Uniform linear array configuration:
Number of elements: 8
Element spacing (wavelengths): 0.5
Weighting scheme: hamming
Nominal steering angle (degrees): -45
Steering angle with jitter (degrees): -46.423
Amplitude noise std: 0.05
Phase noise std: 0.05

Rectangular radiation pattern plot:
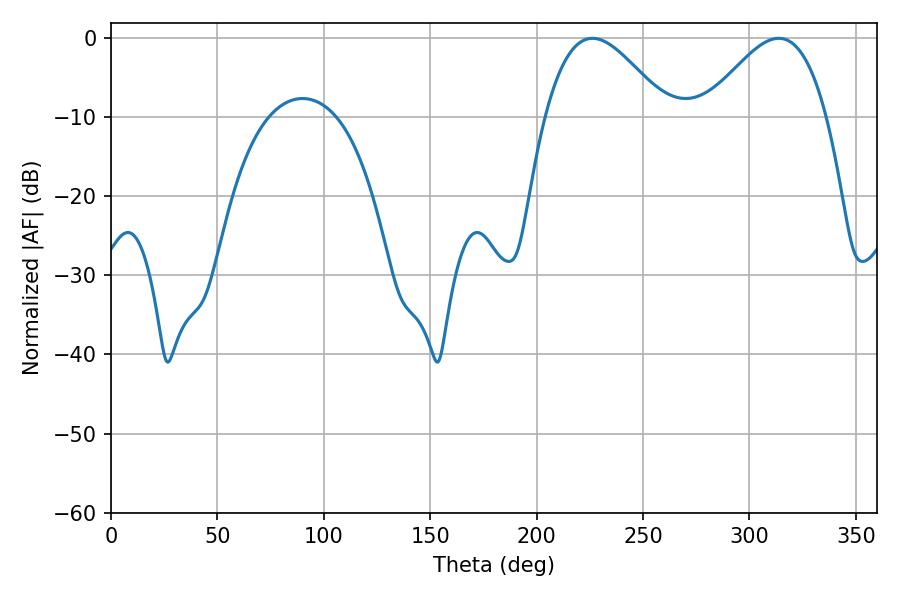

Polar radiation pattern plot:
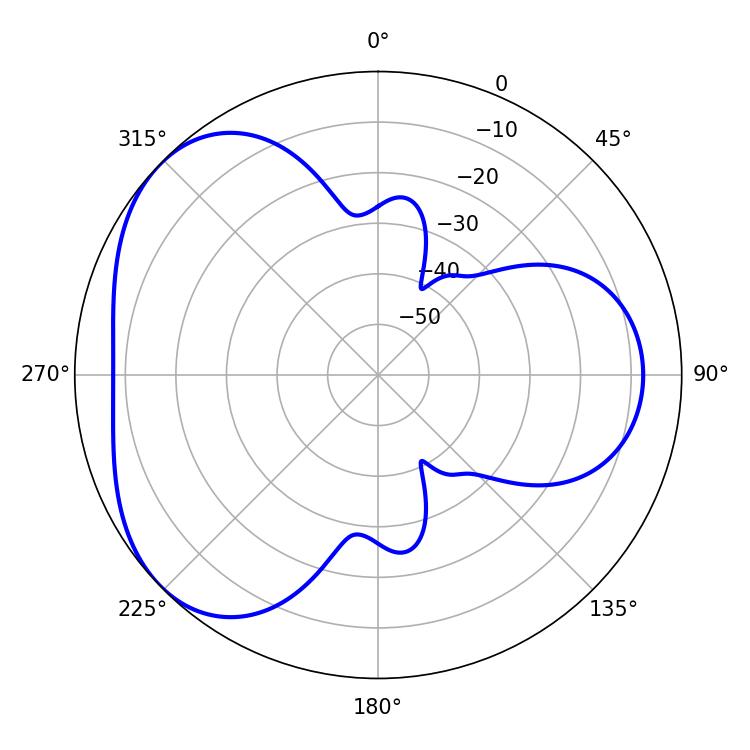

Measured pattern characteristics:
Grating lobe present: FALSE
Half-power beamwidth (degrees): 30.78
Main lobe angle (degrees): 226.26